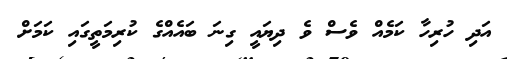
އަދި ހުރިހާ ކަމެއް ވެސް ވެ ދިޔައީ ގިނަ ބައެއްގެ ކުރިމަތީގައި ކަމަށް